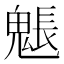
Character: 𩳤